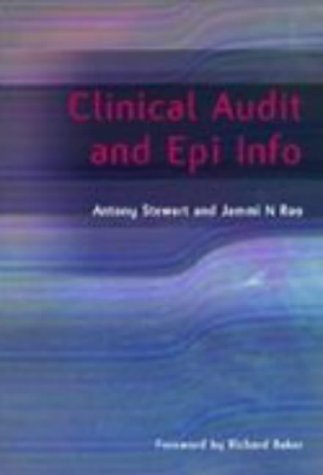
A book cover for Clinical Audit and Epi Info; Antony Stewart; Medical Books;